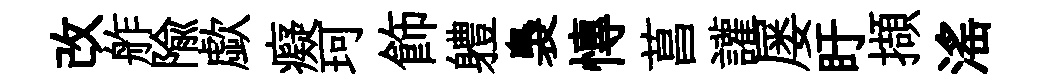
改舴隃歔癡珂飾軆裊慱菖讙屡盱擷滛